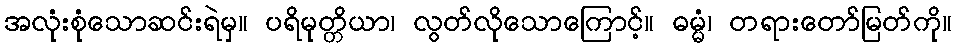
အလုံးစုံသောဆင်းရဲမှ။ ပရိမုတ္တိယာ၊ လွတ်လိုသောကြောင့်။ ဓမ္မံ၊ တရားတော်မြတ်ကို။